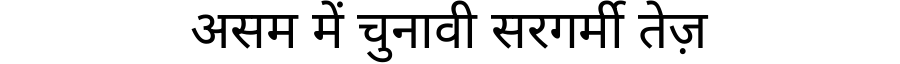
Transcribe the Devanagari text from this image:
असम में चुनावी सरगर्मी तेज़